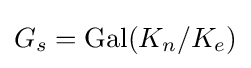
G_{s}=\operatorname {Gal} (K_{n}/K_{e})